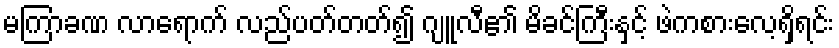
မကြာခဏ လာရောက် လည်ပတ်တတ်၍ ဂျူလီ၏ မိခင်ကြီးနှင့် ဖဲကစားလေ့ရှိရင်း